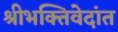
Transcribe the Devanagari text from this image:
श्रीभक्तिवेदांत